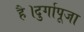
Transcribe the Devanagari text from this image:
है।दुर्गापूजा